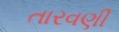
તારવણી